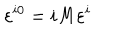
LaTeX: \varepsilon ^ { i 0 } = i M \varepsilon ^ { i }